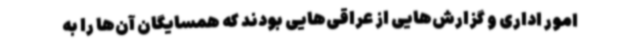
امور اداری و گزارش‌هایی از عراقی‌هایی بودند که همسایگان آن‌ها را به